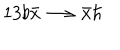
LaTeX: 1 3 b \bar { x } \longrightarrow \bar { x } \hbar